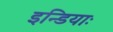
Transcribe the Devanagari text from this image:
इन्डियाः